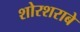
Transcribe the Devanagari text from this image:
शोरशराबे